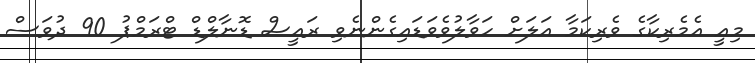
މިއީ އެމެރިކާގެ ވެރިކަމާ އަލަށް ހަވާލުވެވަޑައިގެންނެވި ރައީސް ޑޮނާލްޑް ޓްރަމްޕު 90 ދުވަސް